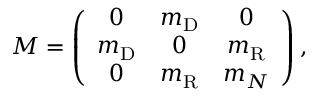
{ \cal M } = \left( \begin{array} { c c c } { { 0 } } & { { m _ { \mathrm { D } } } } & { { 0 } } \\ { { m _ { \mathrm { D } } } } & { { 0 } } & { { m _ { \mathrm { R } } } } \\ { { 0 } } & { { m _ { \mathrm { R } } } } & { { m _ { N } } } \end{array} \right) ,